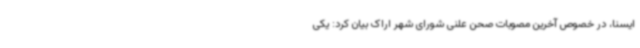
ایسنا، در خصوص آخرین مصوبات صحن علنی شورای شهر اراک بیان کرد: یکی